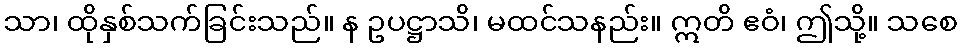
သာ၊ ထိုနှစ်သက်ခြင်းသည်။ န ဥပဋ္ဌာသိ၊ မထင်သနည်း။ ဣတိ ဧဝံ၊ ဤသို့။ သစေ